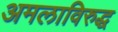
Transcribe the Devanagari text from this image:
अमलाविरुद्ध